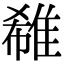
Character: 𨿕